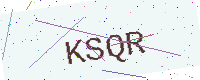
Text: KSQR